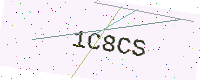
Text: 1C8CS